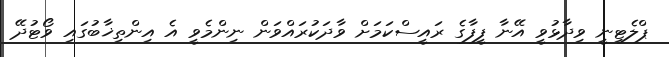
ޕްލެޓިނީ ވިދާޅުވީ އޭނާ ފީފާގެ ރައީސްކަމަށް ވާދަކުރައްވަން ނިންމެވީ އެ އިންތިޚާބުގައި ވޯޓުދޭ